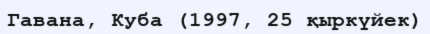
Гавана, Куба (1997, 25 қыркүйек)